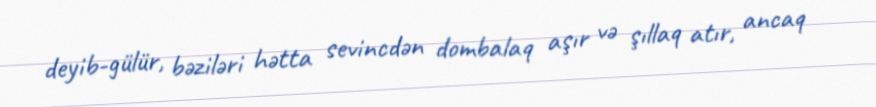
deyib-gülür, bəziləri hətta sevincdən dombalaq aşır və şıllaq atır, ancaq